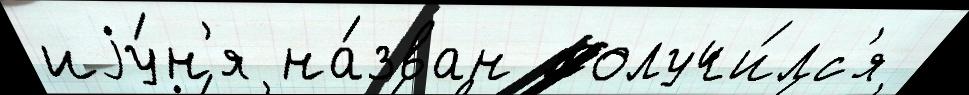
иjу́н'я на́зван получи́лс'я